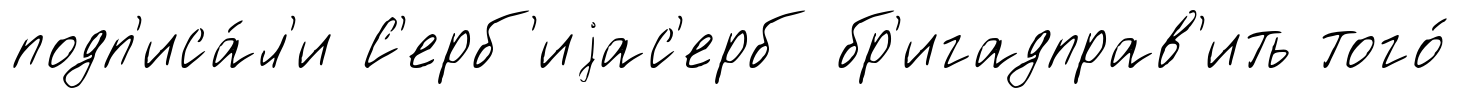
подп'иса́л'и С'ерб'иjас'ерб бр'игадправ'ить того́